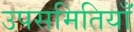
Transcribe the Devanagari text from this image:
उपसमितियाँ